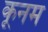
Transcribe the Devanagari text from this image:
कूनम